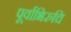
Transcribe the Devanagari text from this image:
पूर्वाभिरुचि